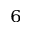
^ 6